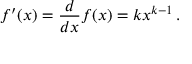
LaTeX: f ^ { \prime } ( x ) = { \frac { d } { d x } } f ( x ) = k x ^ { k - 1 } \, .